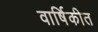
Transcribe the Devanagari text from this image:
वार्षिकीत